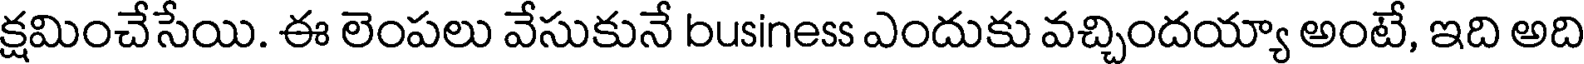
క్షమించేసేయి. ఈ లెంపలు వేసుకునే business ఎందుకు వచ్చిందయ్యా అంటే, ఇది అది